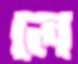
লে